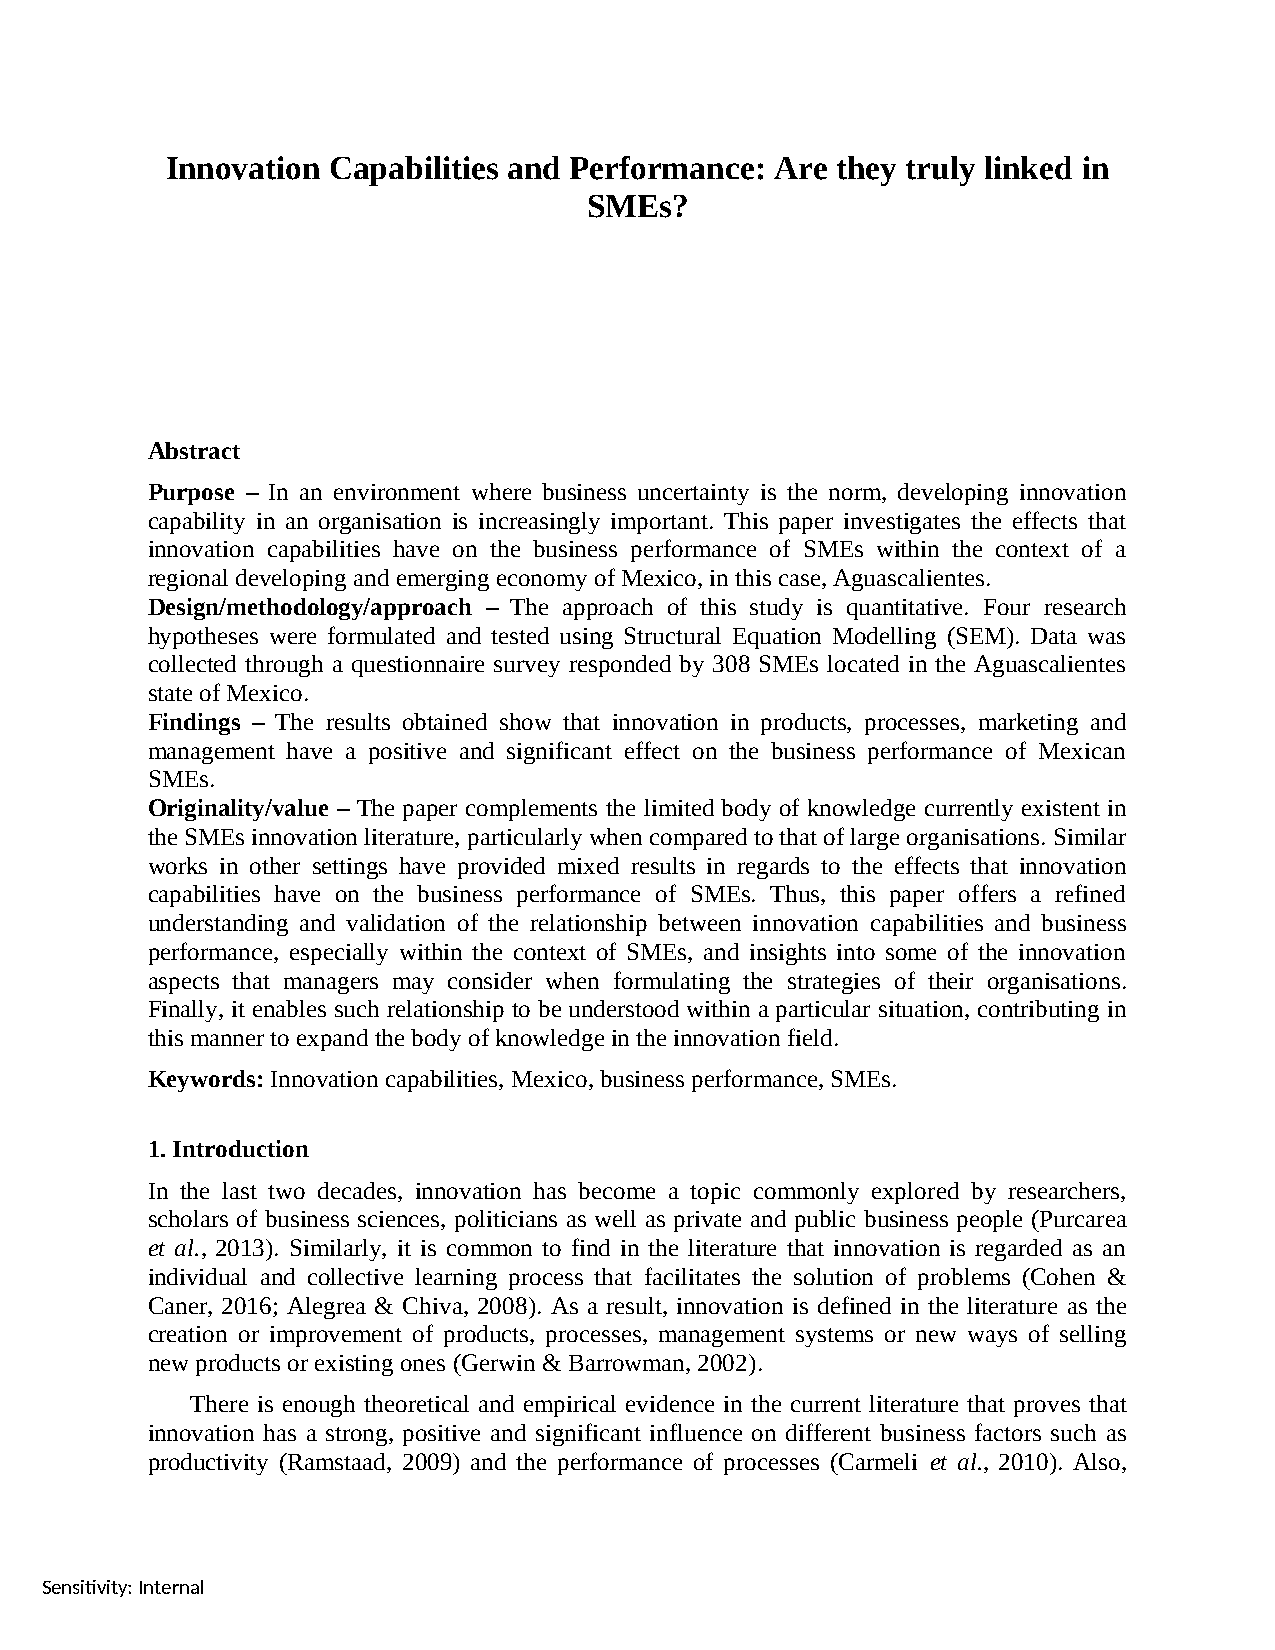
Innovation Capabilities and Performance: Are they truly linked in
 SMEs?
 Abstract
 Purpose – In an environment where business uncertainty is the norm, developing innovation
 capability in an organisation is increasingly important. This paper investigates the effects that
 innovation capabilities have on the business performance of SMEs within the context of a
 regional developing and emerging economy of Mexico, in this case, Aguascalientes.
 Design/methodology/approach – The approach of this study is quantitative. Four research
 hypotheses were formulated and tested using Structural Equation Modelling (SEM). Data was
 collected through a questionnaire survey responded by 308 SMEs located in the Aguascalientes
 state of Mexico.
 Findings – The results obtained show that innovation in products, processes, marketing and
 management have a positive and significant effect on the business performance of Mexican
 SMEs.
 Originality/value – The paper complements the limited body of knowledge currently existent in
 the SMEs innovation literature, particularly when compared to that of large organisations. Similar
 works in other settings have provided mixed results in regards to the effects that innovation
 capabilities have on the business performance of SMEs. Thus, this paper offers a refined
 understanding and validation of the relationship between innovation capabilities and business
 performance, especially within the context of SMEs, and insights into some of the innovation
 aspects that managers may consider when formulating the strategies of their organisations.
 Finally, it enables such relationship to be understood within a particular situation, contributing in
 this manner to expand the body of knowledge in the innovation field.
 Keywords: Innovation capabilities, Mexico, business performance, SMEs.
 1. Introduction
 In the last two decades, innovation has become a topic commonly explored by researchers,
 scholars of business sciences, politicians as well as private and public business people (Purcarea
 et al., 2013). Similarly, it is common to find in the literature that innovation is regarded as an
 individual and collective learning process that facilitates the solution of problems (Cohen &
 Caner, 2016; Alegrea & Chiva, 2008). As a result, innovation is defined in the literature as the
 creation or improvement of products, processes, management systems or new ways of selling
 new products or existing ones (Gerwin & Barrowman, 2002).
 There is enough theoretical and empirical evidence in the current literature that proves that
 innovation has a strong, positive and significant influence on different business factors such as
 productivity (Ramstaad, 2009) and the performance of processes (Carmeli et al., 2010). Also,
 Sensitivity: Internal